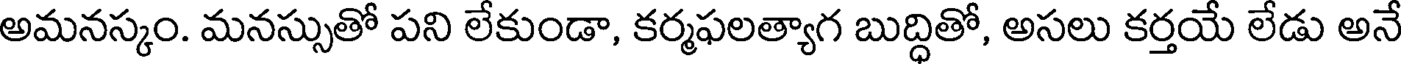
అమనస్కం. మనస్సుతో పని లేకుండా, కర్మఫలత్యాగ బుద్ధితో, అసలు కర్తయే లేడు అనే